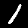
Label: 1